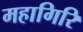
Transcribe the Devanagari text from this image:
महागिरि